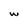
Character: W